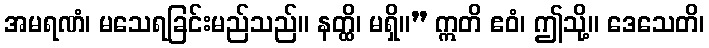
အမရဏံ၊ မသေရခြင်းမည်သည်။ နတ္ထိ၊ မရှိ။” ဣတိ ဧဝံ၊ ဤသို့။ ဒေသေတိ၊